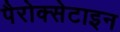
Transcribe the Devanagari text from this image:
पैरोक्सेटाइन